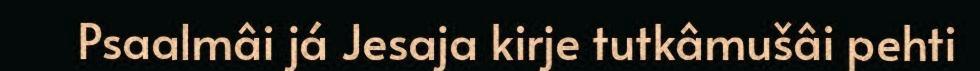
Psaalmâi já Jesaja kirje tutkâmušâi pehti